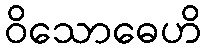
ဝိသောဓေဟိ